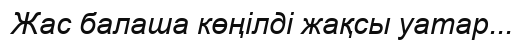
Жас балаша көңілді жақсы уатар...